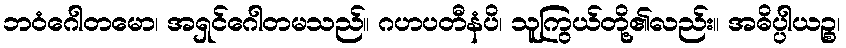
ဘဝံဂေါတမော၊ အရှင်ဂေါတမသည်။ ဂဟပတီနံပိ၊ သူကြွယ်တို့၏လည်း။ အဓိပ္ပါယဉ္စ၊